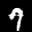
Label: 7